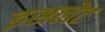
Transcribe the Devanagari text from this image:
इसलेट